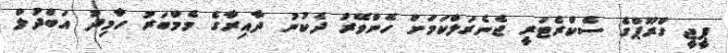
ޕީޖީ ގްރޫޕްގެ ސެކްރެޓަރީ ޖެނެރަލްކަމަށް ހެންވޭރު ދެކުނު ދާއިރާގެ މެމްބަރު ހާމިދު އަބްދުލް